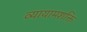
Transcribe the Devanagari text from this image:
व्यायामशक्ति